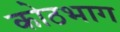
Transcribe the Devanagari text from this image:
कोठभाग